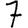
Digit: 7